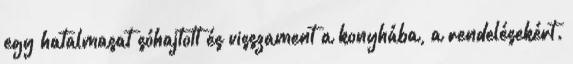
egy hatalmasat sóhajtott és visszament a konyhába, a rendelésekért.